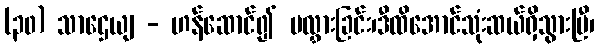
(၃၀) သာဌေယျ - ဟန်ဆောင်၍ ပလွှားခြင်း၊ဒီထိအောင်သုံးဆယ်ရှိသွားပြီ၊